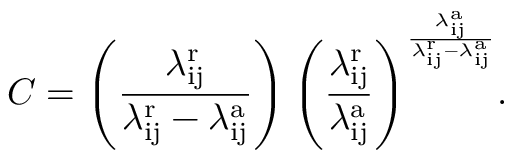
C = \left( \frac { \lambda _ { \mathrm { i j } } ^ { \mathrm { r } } } { \lambda _ { \mathrm { i j } } ^ { \mathrm { r } } - \lambda _ { \mathrm { i j } } ^ { \mathrm { a } } } \right) { \left( \frac { \lambda _ { \mathrm { i j } } ^ { \mathrm { r } } } { \lambda _ { \mathrm { i j } } ^ { \mathrm { a } } } \right) } ^ { \frac { \lambda _ { \mathrm { i j } } ^ { \mathrm { a } } } { \lambda _ { \mathrm { i j } } ^ { \mathrm { r } } - \lambda _ { \mathrm { i j } } ^ { \mathrm { a } } } } .